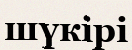
шүкірі